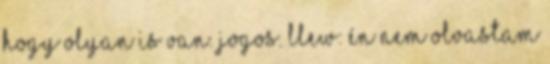
hogy olyan is van. jogos. Llew: én nem olvastam